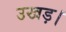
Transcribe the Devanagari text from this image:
उखड़।